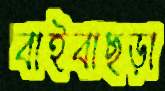
বাইবাছড়া